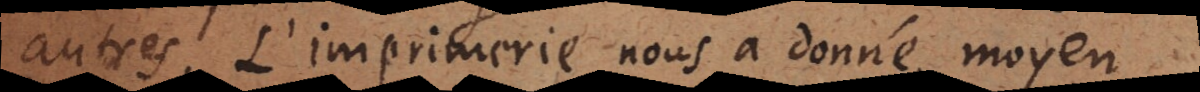
autres. L’imprimerie nous a donné moyen